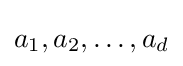
a_{1},a_{2},\dots ,a_{d}